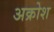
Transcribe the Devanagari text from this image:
अक्रोश